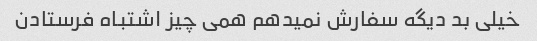
خیلی بد دیگه سفارش نمیدهم همی چیز اشتباه فرستادن